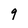
Character: 9